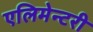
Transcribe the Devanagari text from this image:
एलिमेन्टरी